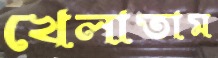
খেলাতাম